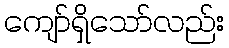
ကျော်ရှိသော်လည်း